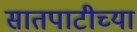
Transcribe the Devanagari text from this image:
सातपाटीच्या